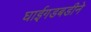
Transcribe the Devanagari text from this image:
घाईगडबडीने